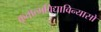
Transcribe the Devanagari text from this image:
कृतात्मविद्याविन्यासो